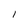
Character: l